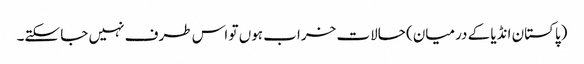
(پاکستان انڈیا کے درمیان) حالات خراب ہوں تو اس طرف نہیں جا سکتے۔